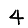
Digit: 4